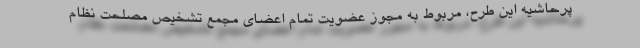
پرحاشیه این طرح، مربوط به مجوز عضویت تمام اعضای مجمع تشخیص مصلحت نظام